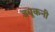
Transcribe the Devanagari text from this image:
ड्यूकनी